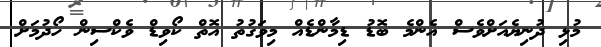
މުޅި ދުނިޔެއަށްވެސް އެންމެ ބޮޑު ޑިމާންޑެއް މިވަގުތު އޮތް ކޯވިޑް ވެކްސިން ހޯދުމަށް